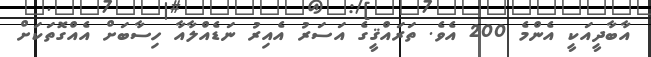
އާބާދީއަކީ އެންމެ 200 އެވެ. ތަރައްޤީގެ އަސަރު އެއިރު ނަޑެއްލާއާ ހިސާބަށް އެއްގޮތަކަށް